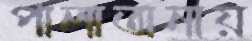
পালাতানায়